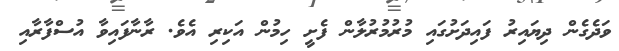
ވަދެގެން ދިޔައިރު ފައިދަށުގައި މުރުމުރުލާން ފެށީ ހިމުން އަކިރި އެވެ. ރާނާފައިވާ އުސްފާރާއި